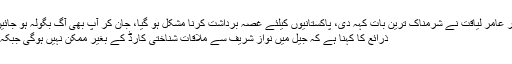
“ ڈاکٹر عامر لیاقت نے شرمناک ترین بات کہہ دی، پاکستانیوں کیلئے غصہ برداشت کرنا مشکل ہو گیا، جان کر آپ بھی آگ بگولہ ہو جائیں گے
ذرائع کا کہنا ہے کہ جیل میں نواز شریف سے ملاقات شناختی کارڈ کے بغیر ممکن نہیں ہوگی جبکہ نو…